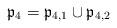
LaTeX: \begin{align*} \mathfrak{p}_4 = \mathfrak{p}_{4,1} \cup \mathfrak{p}_{4,2}\end{align*}